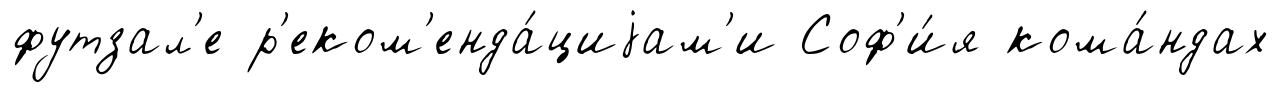
футзал'е р'еком'енда́циjам'и Соф'и́я кома́ндах